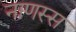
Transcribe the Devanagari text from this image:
नाणस्स